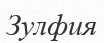
Зулфия